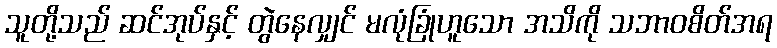
သူတို့သည် ဆင်အုပ်နှင့် တွဲနေလျှင် မလုံခြုံဟူသော အသိကို သဘာဝစိတ်အရ